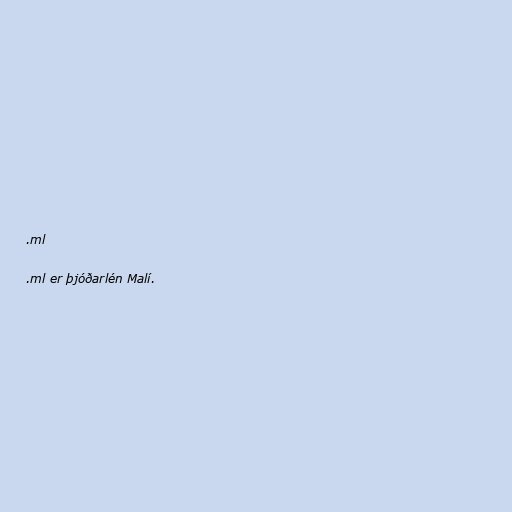
.ml

.ml er þjóðarlén Malí.